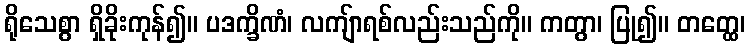
ရိုသေစွာ ရှိခိုးကုန်၍။ ပဒက္ခိဏံ၊ လကျ်ာရစ်လည်းသည်ကို။ ကတွာ၊ ပြု၍။ တတ္ထေ၊